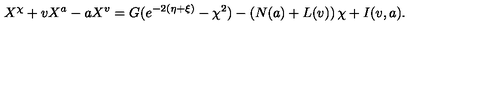
X ^ { \chi } + v X ^ { a } - a X ^ { v } = G ( e ^ { - 2 ( \eta + \xi ) } - \chi ^ { 2 } ) - \left( N ( a ) + L ( v ) \right) \chi + I ( v , a ) .